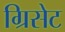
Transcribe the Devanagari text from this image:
ग्रिसेट